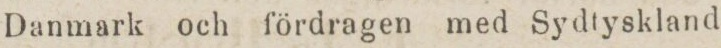
Danmark och fördragen med Sydtyskland